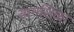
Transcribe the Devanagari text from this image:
नागशिळा